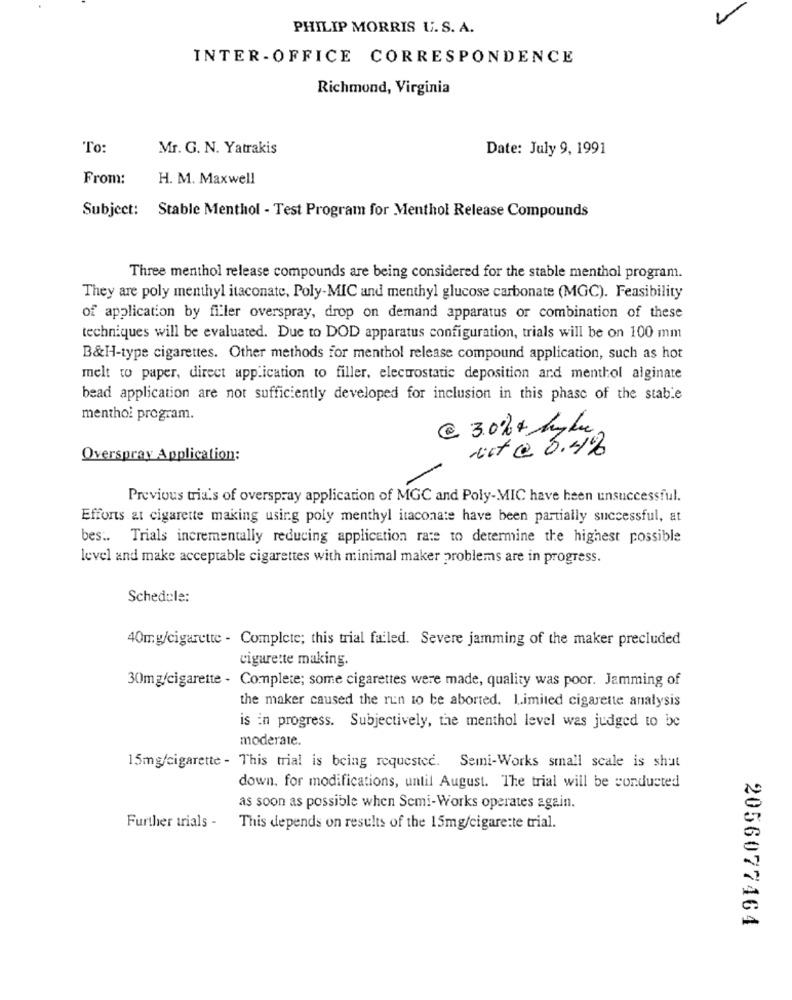
PHILIP MORRIS U. S. A.
INTER-OFFICE CORRESPONDENCE
Richmond, Virginia
To:
Mr. G. N. Yatrakis
Date: July 9, 1991
From:
H. M. Maxwell
Subject: Stable Menthol - Test Program for Menthol Release Compounds
Three menthol release compounds are being considered for the stable menthol program.
They are poly menthyl itaconate, Poly-MIC and menthyl glucose carbonate (MGC). Feasibility
of application by filer overspray, drop on demand apparatus or combination of these
techniques will be evaluated. Due to DOD apparatus configuration, trials will be on 100 mm
B&H-type cigarettes. Other methods for menthol release compound application, such as hot
melt to paper, direct application to filler, electrostatic deposition and menthol alginate
bead application are not sufficiently developed for inclusion in this phase of the stable
menthoi program.
@ 3.0% + hyde
oct @ 6.4%
Overspray Application:
Previous tria's of overspray application of MGC and Poly-MIC have been unsuccessful.
Efforts at cigarette making using poly menthyl itaconate have been partially successful, at
bes .. Trials incrementally reducing application rate to determine the highest possible
level and make acceptable cigarettes with minimal maker problems are in progress.
Schedule:
40mg/cigarette - Complete; this trial failed. Severe jamming of the maker precluded
cigarette making.
30mg/cigarette - Complete; some cigarettes were made, quality was poor. Jamming of
the maker caused the run 10 be aborted. Limited cigarette analysis
is in progress. Subjectively, the menthol level was judged to be
moderate.
15mg/cigarette - This trial is being requested. Semi-Works small scale is shut
down, for modifications, until August. The trial will be conducted
as soon as possible when Semi-Works operates again.
Further trials -
This depends on results of the 15mg/cigare:te trial.
2056077464